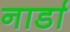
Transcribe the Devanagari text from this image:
नार्डा